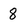
Character: 8